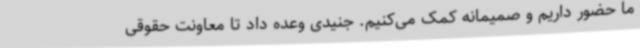
ما حضور داریم و صمیمانه کمک می‌کنیم. جنیدی وعده داد تا معاونت حقوقی